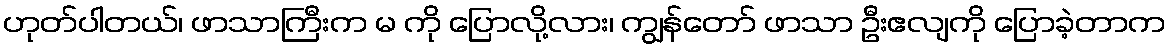
ဟုတ်ပါတယ်၊ ဖာသာကြီးက မ ကို ပြောလို့လား၊ ကျွန်တော် ဖာသာ ဦးဧလျကို ပြောခဲ့တာက